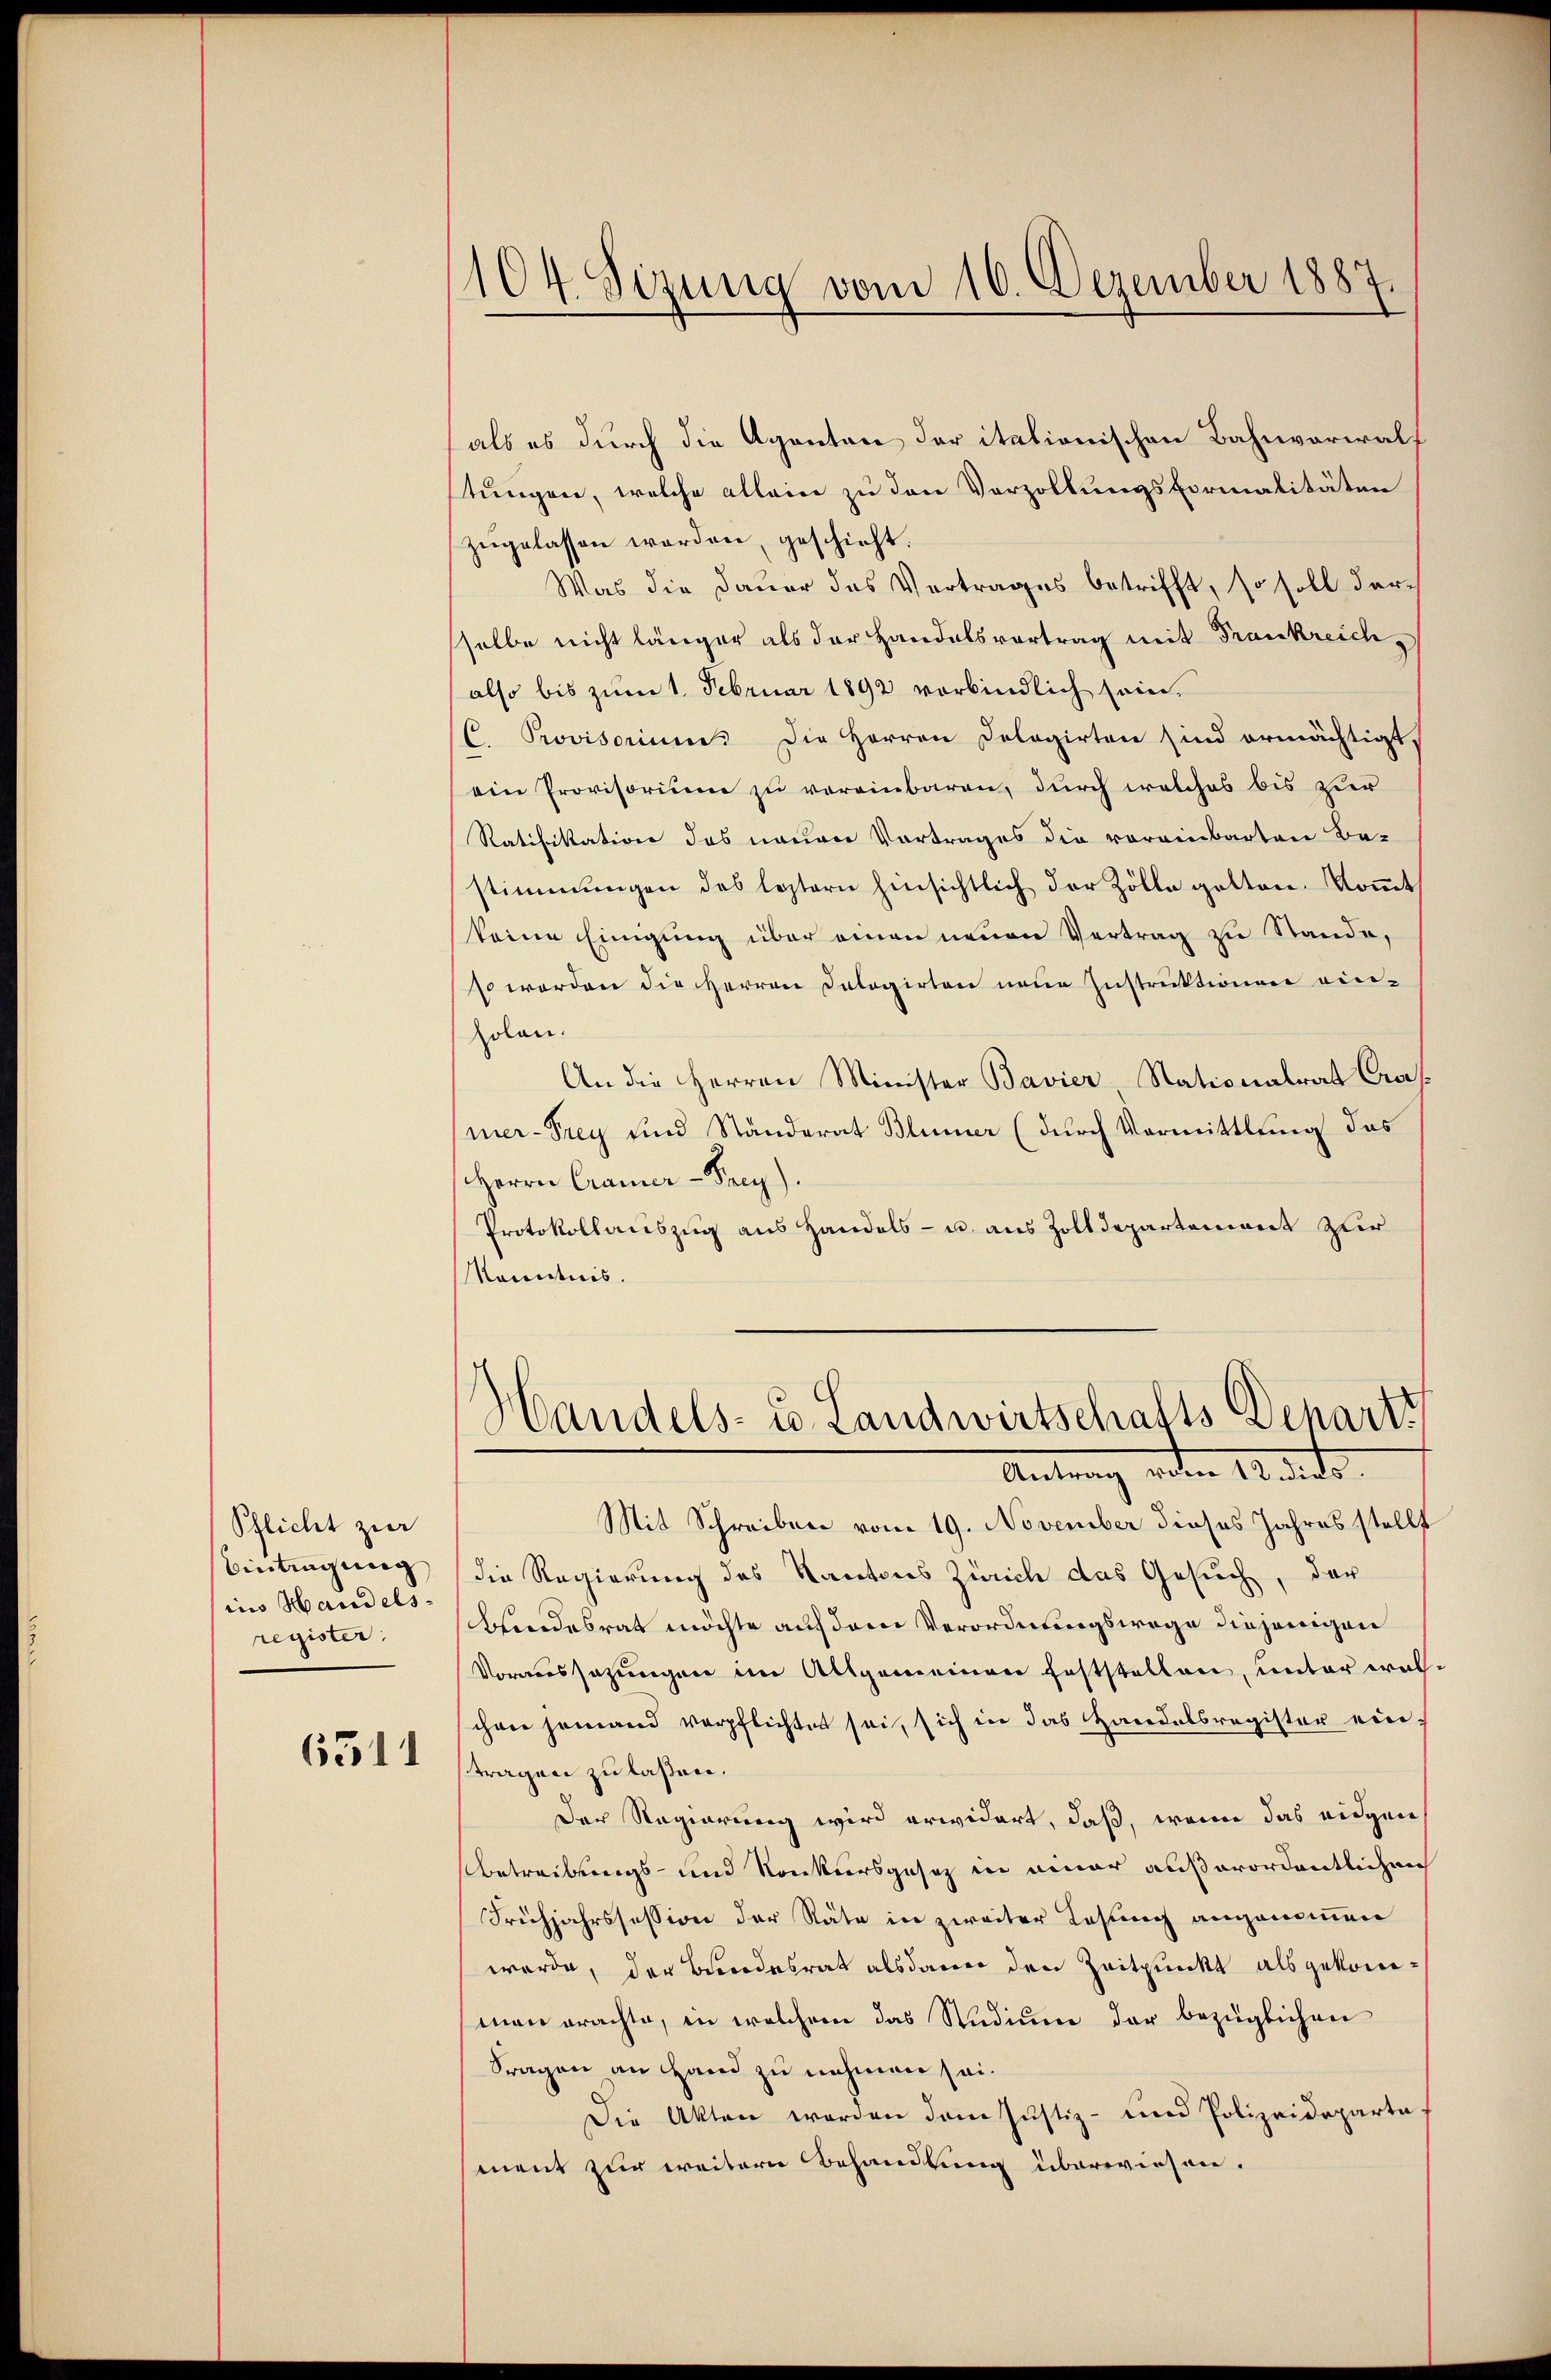
Pflicht zur
Bintragung
in Handels-
register.

6511

104. Sizung vom 16. Dezember 1887.

als es durch die Agenten der italionischen Bahnverwalf
tungen, welche allein zu den Vorzollungsformalitäten
zŭgelassen worden, geschieht.
Was die Dauer das Vertrages betrifft, so soll darsselbe nicht länger als der Handelsvortrag mit Frankreich
also bis zum 1. Februar 1892 verbindlich sein.
C. Provisorium. Die Herren Dologirten sind ermächtigt,
ein Provisorium zu vereinbaren, durch welches bis zur
Ratifikation des neuen Vortrages die voreinbarten Be-
stimmungen des leztern hinsichtlich der Zölle gelten. Koṁet
keine Einigung über einen neuen Vertrag zu Stande,
so werden die Herren Dalogirten neue Instruktionen einholen.
An die Herren Minister Bavier Nationalrat Cras
mer-Prey und Ständerat Blümer (durch Vormittlung das
Herrn Cramer-Prey).
Protokollauszug aus Handels- u. aus Zolldepartement zur
Kenntnis.

Handels- u. Landwirtschafts Departz
er 18

Mit Schreiben vom 19. November dieses Jahres stellt
die Regierung des Kantons Zürich das Gesuch, der
Bindesrath möchte auf dem Verordnungswage diejenigen
Voraussazungen im Allgemeiner Feststellen, unter walchen jemand verpflichtet sei, sich in das Handelsregister eintragen zu laßen.
Der Regierung wird erwidert, daß, wenn das eidgen
Betreibungs- und Konkursgesetz in einer außerordentlichen
Frühjahrssession der Räte in zweiter Losung angenommen
werde, der Bundesrat alsdauer den Zeitpunkt als gekomman erachte, in welchem das Studium der bezüglichen
Fragen an Hand zu nehmen sei.
Die Akten worden dem Justiz- und Polizeideparta
ment zur weitern Behandlung überwiesen.